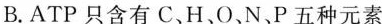
B.ATP只含有C、H、O、N、P五种元素